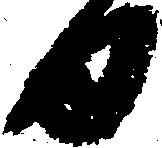
日